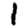
Digit: 1